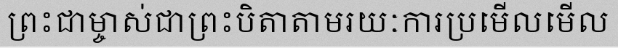
ព្រះជាម្ចាស់ជាព្រះបិតាតាមរយៈការប្រមើលមើល